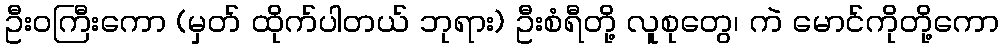
ဦးဝကြီးကော (မှတ် ထိုက်ပါတယ် ဘုရား) ဦးစံရီတို့ လူစုတွေ၊ ကဲ မောင်ကိုတို့ကော